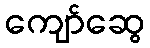
ကျော်ဆွေ